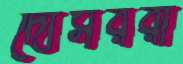
দোসররা